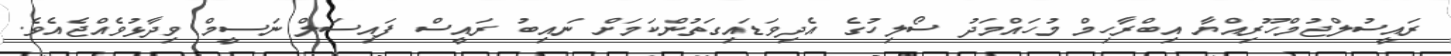
ރައީސުލްޖުމްހޫރިއްޔާ އިބްރާހިމް މުހައްމަދު ސޯލިހުގެ އެދިވަޑައިގަތުންކަމަށް ނައިބު ރައީސް ފައިސަލް ނަސީމް ވިދާޅުވެއްޖެއެވެ.